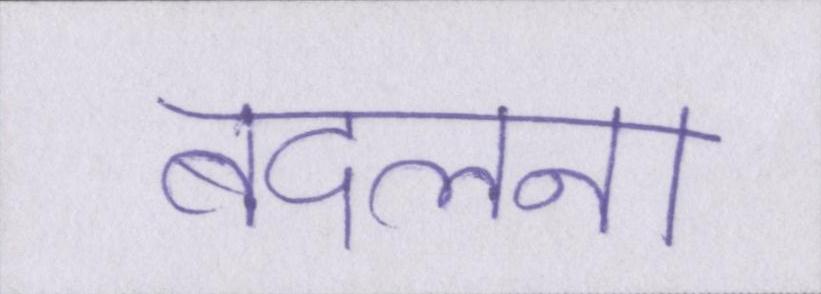
बदलना